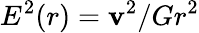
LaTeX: E^{2}(r)=\mathbf{v}^{2}/Gr^{2}